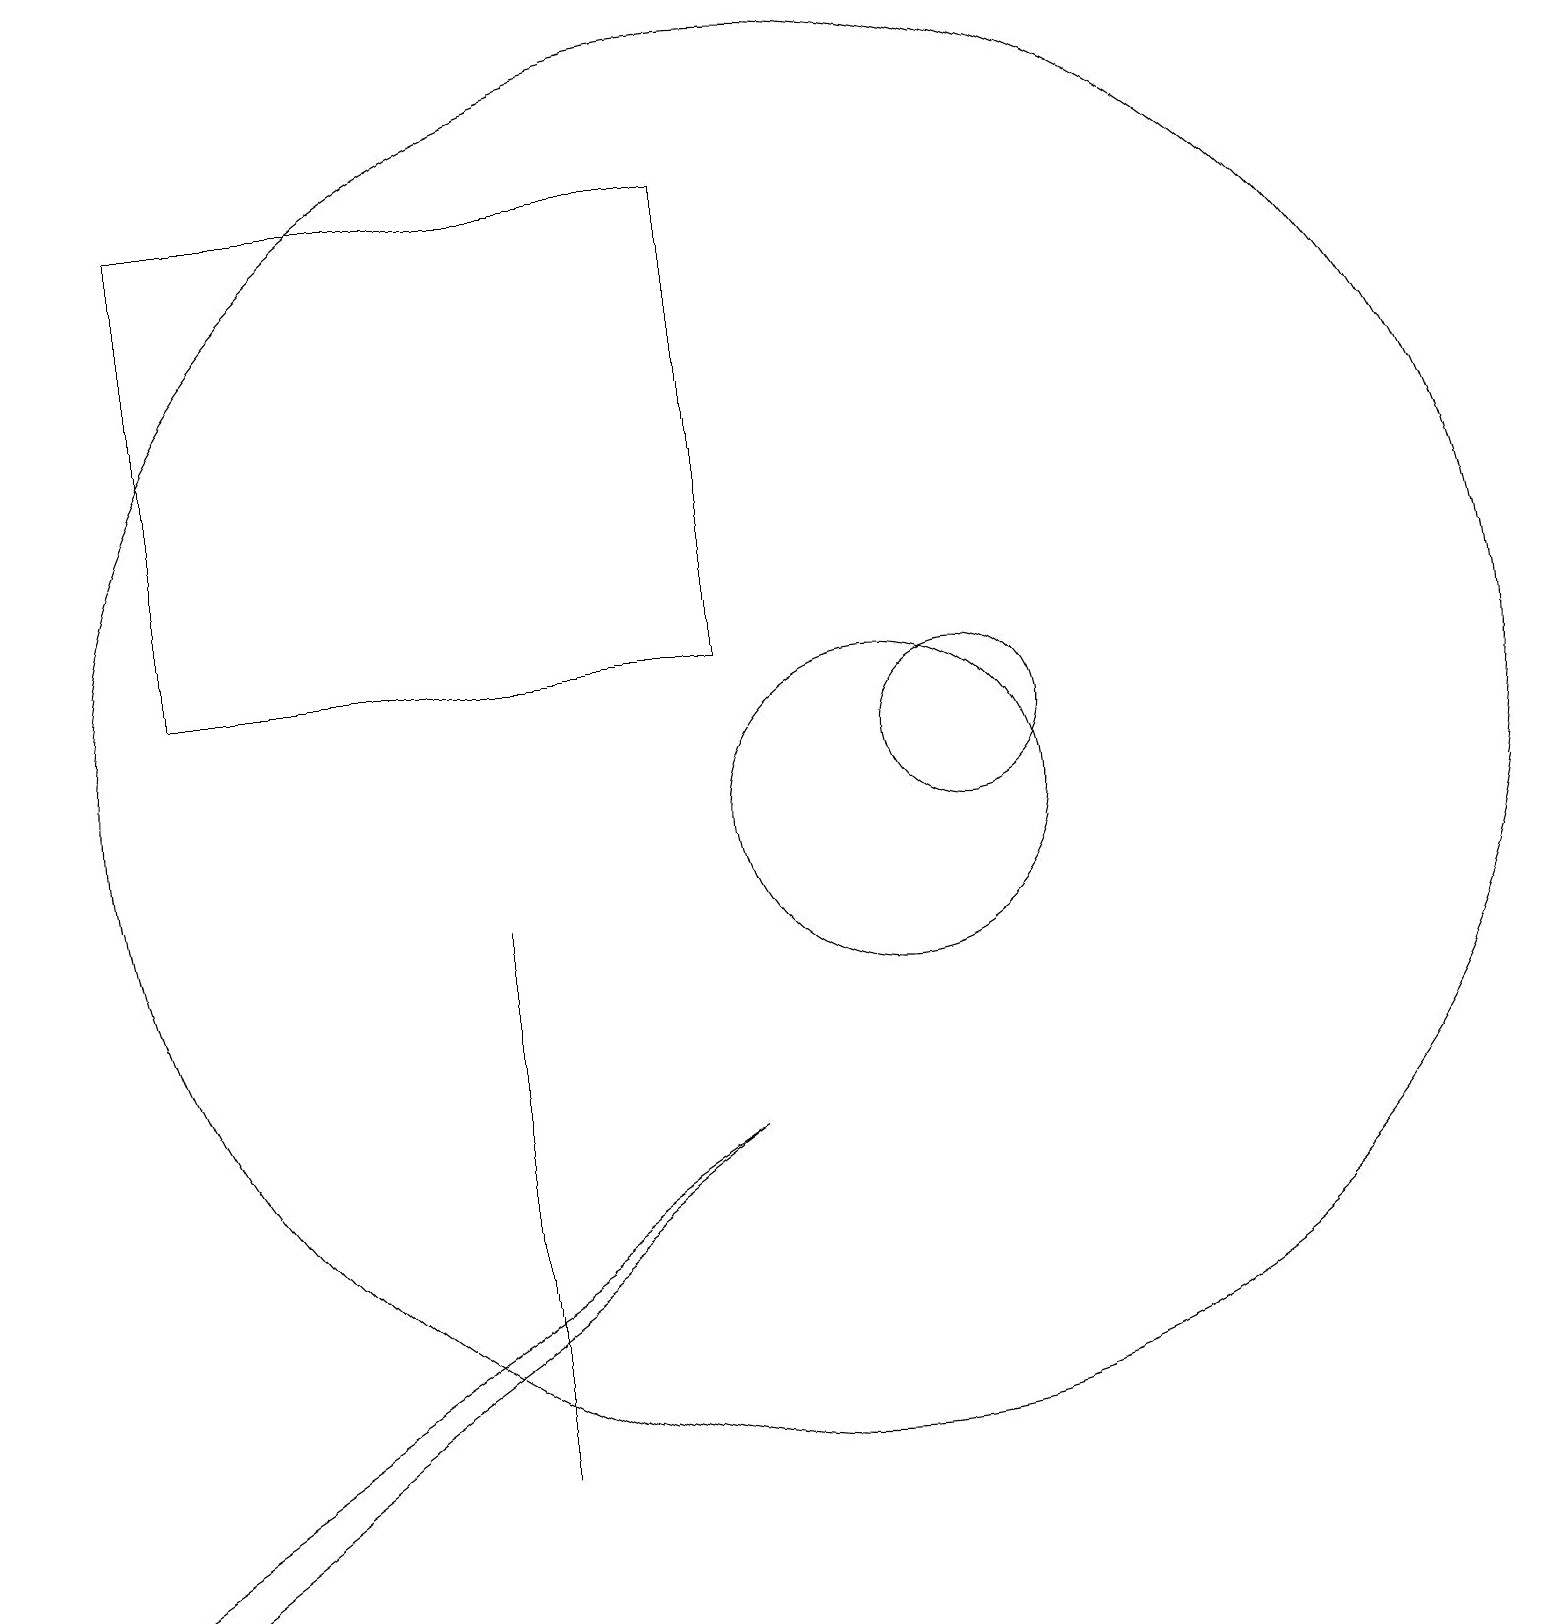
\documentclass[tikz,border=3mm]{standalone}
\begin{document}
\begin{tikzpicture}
\draw (11,10) circle (2);
\draw (10,11) circle (9);
\draw (12,11) circle (1);
\draw (9,12) rectangle (2,18);
\draw (6,4) -- (6,2) -- (6,9) -- cycle;
\draw (1,0) -- (9,6) -- (0,0) -- cycle;
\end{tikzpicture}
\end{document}